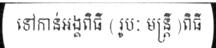
ទៅកាន់អង្គពិធី ( រូបៈ មន្ត្រី )ពិធី